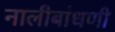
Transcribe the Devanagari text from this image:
नालीबांधणी